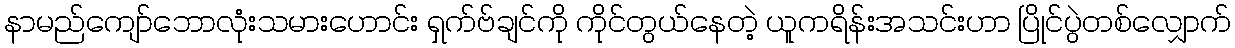
နာမည်ကျော်ဘောလုံးသမားဟောင်း ရှက်ဗ်ချင်ကို ကိုင်တွယ်နေတဲ့ ယူကရိန်းအသင်းဟာ ပြိုင်ပွဲတစ်လျှောက်